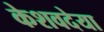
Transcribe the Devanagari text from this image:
केशवदेया